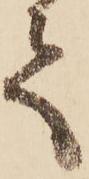
て